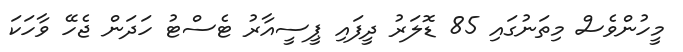
މީހުންވެސް މިތަނުގައި 85 ޑޮލަރު ދީފައި ޕީސީއާރު ޓެސްޓު ހަދަން ޖެހޭ ވާހަކަ